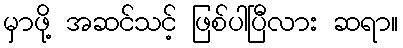
မှာဖို့ အဆင်သင့် ဖြစ်ပါပြီလား ဆရာ။